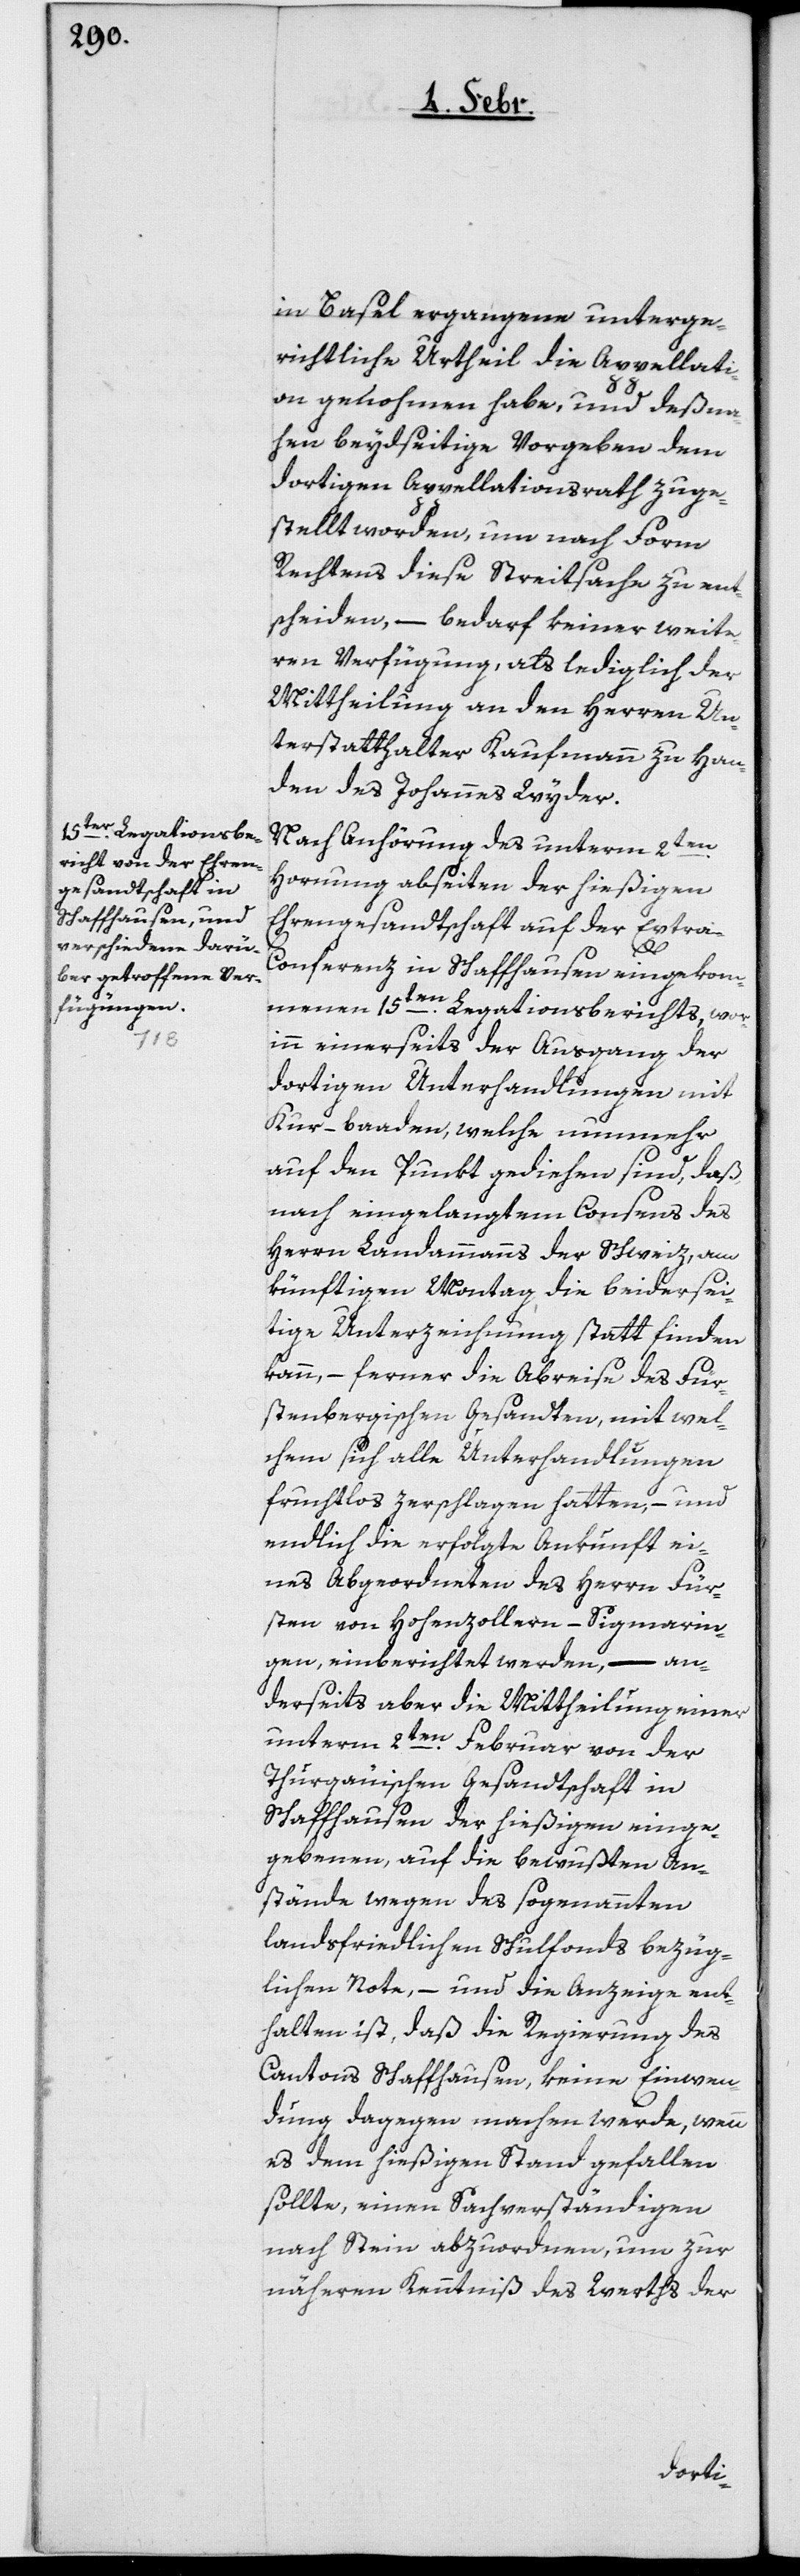
in Basel ergangene unterge¬
richtliche Urtheil die Appellati¬
on genohmen habe, und deßna¬
hen beydseitige Vorgeben dem
dortigen Appellationsrath zuge¬
stellt worden, um nach Form
Rechtens diese Streitsache zu ent¬
scheiden, – bedarf keiner weite¬
ren Verfügung, als lediglich der
Mittheilung an den Herren Un¬
terstatthalter Kaufmann zu Han¬
den des Johannes Wyder.
en.
Nach Anhörung des unterm 2t¬
Hornung abseiten der hießigen
Ehrengesandtschaft auf der Extra-C¬
onferenz in Schaffhausen eingekom¬
menen 15ten. Legationsberichts, wor¬
inn einerseits der Ausgang der
dortigen Unterhandlungen mit
Kur-baaden, welche nunmehr
auf den Punkt gediehen sind, daß,
nach eingelangtem Consens des
Herrn Landammanns der Schweiz, am
künftigen Montag die beidersei¬
tige Unterzeichnung statt finden
kann, – ferner die Abreise des Für¬
stenbergischen Gesandten, mit wel¬
chem sich alle Unterhandlungen
fruchtlos zerschlagen hatten, – und
endlich die erfolgte Ankunft ei¬
nes Abgeordneten des Herrn Für¬
sten von Hohenzollern-Sigmarin¬
gen, einberichtet werden, – an¬
derseits aber die Mittheilung einer
unterm 2ten. Februar von der
Thurgäuischen Gesandtschaft in
Schaffhausen der hießigen einge¬
gebenen, auf die bewußten An¬
stände wegen des sogenannten
landsfriedlichen Schulfonds bezüg¬
lichen Note, – und die Anzeige ent¬
halten ist, daß die Regierung des
Cantons Schaffhausen, keine Einwen¬
dung dagegen machen werde, wenn
es dem hießigen Stand gefallen
sollte, einen Sachverständigen
nach Stein abzuordnen, um zur
näheren Kenntniß des Werths der